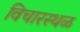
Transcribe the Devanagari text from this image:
विचारस्थळ